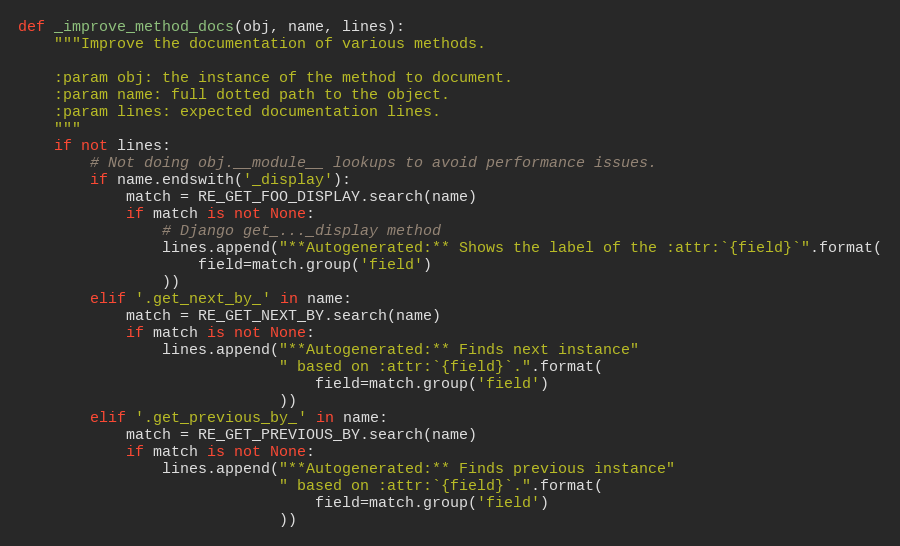
Language: Python
def _improve_method_docs(obj, name, lines):
    """Improve the documentation of various methods.

    :param obj: the instance of the method to document.
    :param name: full dotted path to the object.
    :param lines: expected documentation lines.
    """
    if not lines:
        # Not doing obj.__module__ lookups to avoid performance issues.
        if name.endswith('_display'):
            match = RE_GET_FOO_DISPLAY.search(name)
            if match is not None:
                # Django get_..._display method
                lines.append("**Autogenerated:** Shows the label of the :attr:`{field}`".format(
                    field=match.group('field')
                ))
        elif '.get_next_by_' in name:
            match = RE_GET_NEXT_BY.search(name)
            if match is not None:
                lines.append("**Autogenerated:** Finds next instance"
                             " based on :attr:`{field}`.".format(
                                 field=match.group('field')
                             ))
        elif '.get_previous_by_' in name:
            match = RE_GET_PREVIOUS_BY.search(name)
            if match is not None:
                lines.append("**Autogenerated:** Finds previous instance"
                             " based on :attr:`{field}`.".format(
                                 field=match.group('field')
                             ))